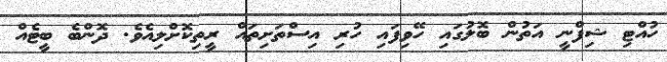
ހުއްޓި ޝިފްނީ އަތުން ބޮލުގައި ހޭވިފައި ހުރި އިސްތަށިތައް ރީތިކޮށްލިއެވެ. ދޮންބެ ބީޓެއް